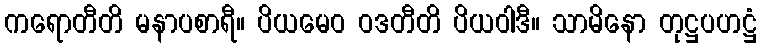
ကရောတီတိ မနာပစာရီ။ ပိယမေဝ ဝဒတီတိ ပိယဝါဒီ။ သာမိနော တုဋ္ဌပဟဋ္ဌံ